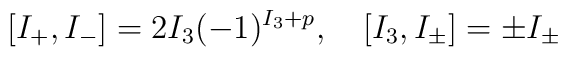
[I_+,I_-]=2I_3(-1)^{I_3+p},\quad[I_3,I_\pm]=\pm I_\pm